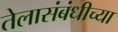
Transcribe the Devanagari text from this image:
तेलासंबंधीच्या